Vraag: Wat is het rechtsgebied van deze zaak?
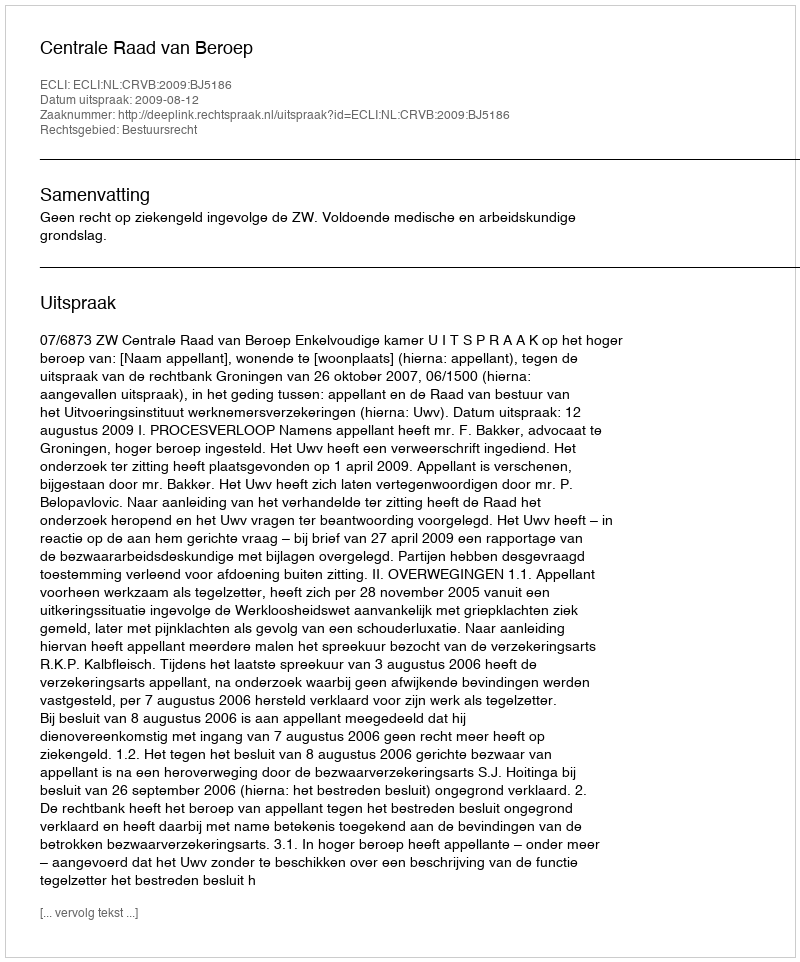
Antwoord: Bestuursrecht